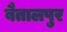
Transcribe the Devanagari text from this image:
बैतालपुर